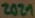
Text: 2021